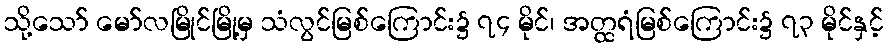
သို့သော် မော်လမြိုင်မြို့မှ သံလွင်မြစ်ကြောင်း၌ ၇၄ မိုင်၊ အတ္ထရံမြစ်ကြောင်း၌ ၇၃ မိုင်နှင့်